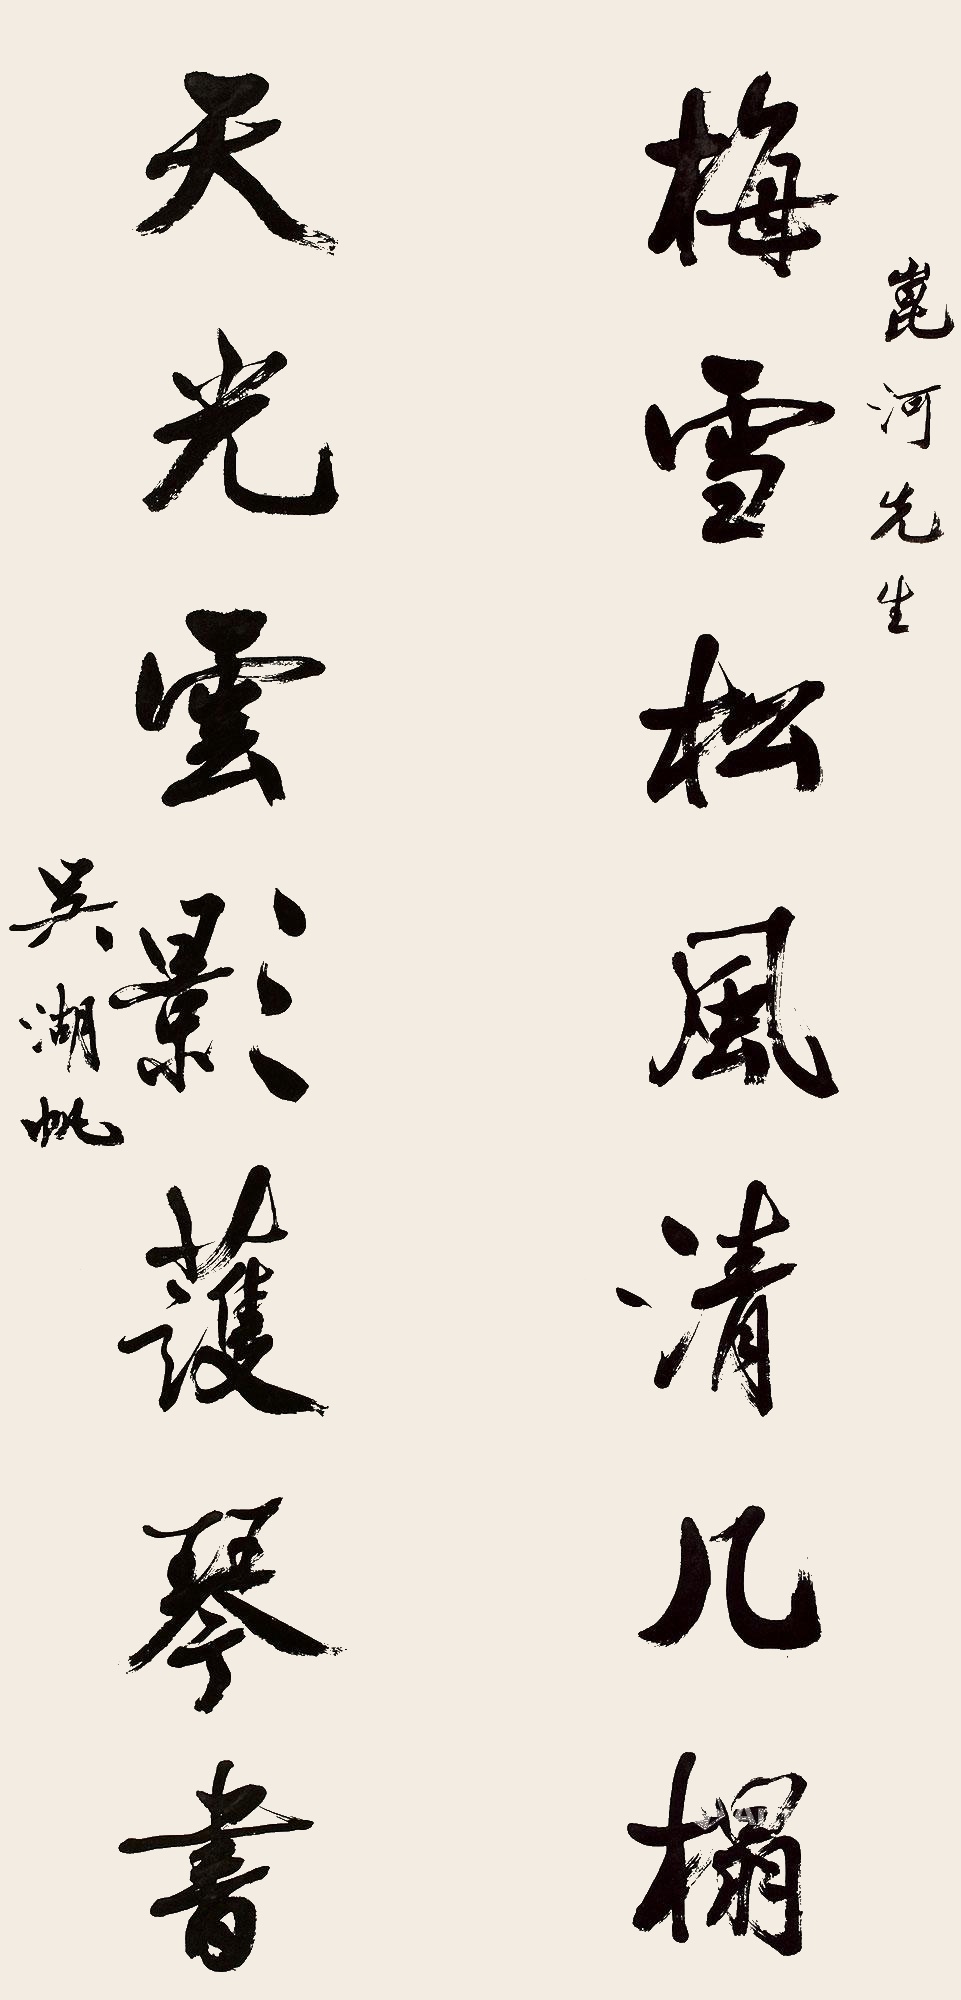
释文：梅雪松风清几榻，天光云影护琴书。昆河先生，吴湖帆。